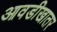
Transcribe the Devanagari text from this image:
आवडीखातर